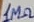
Text: 1MΩ